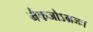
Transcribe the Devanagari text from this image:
नैकजोऽग्रजः।